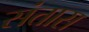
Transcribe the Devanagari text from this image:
संतास